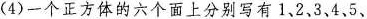
4)一个正方体的六个面上分别写有1、2、3，4、5、